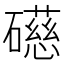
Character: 礠